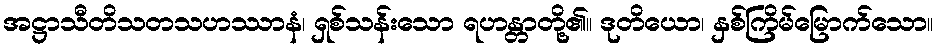
အဋ္ဌာသီတိသတသဟဿာနံ၊ ရှစ်သန်းသော ရဟန္တာတို့၏။ ဒုတိယော၊ နှစ်ကြိမ်မြောက်သော။